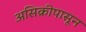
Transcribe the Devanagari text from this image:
असिक्रीपासून